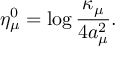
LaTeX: \eta _ { \mu } ^ { 0 } = \log \frac { \kappa _ { \mu } } { 4 a _ { \mu } ^ { 2 } } .